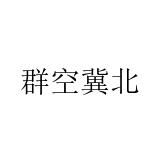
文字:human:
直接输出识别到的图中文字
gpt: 群空冀北